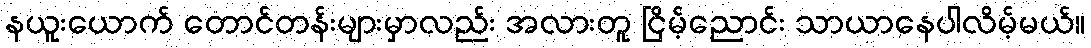
နယူးယောက် တောင်တန်းများမှာလည်း အလားတူ ငြိမ့်ညောင်း သာယာနေပါလိမ့်မယ်။